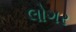
લોગર